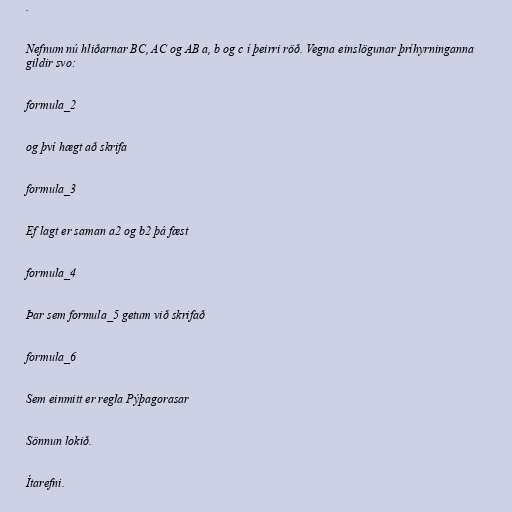
.

Nefnum nú hliðarnar BC, AC og AB a, b og c í þeirri röð. Vegna einslögunar þríhyrninganna
gildir svo:

formula_2

og því hægt að skrifa

formula_3

Ef lagt er saman a2 og b2 þá fæst

formula_4

Þar sem formula_5 getum við skrifað

formula_6

Sem einmitt er regla Pýþagorasar

Sönnun lokið.

Ítarefni.